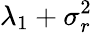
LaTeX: \lambda_{1}+\sigma_{r}^{2}